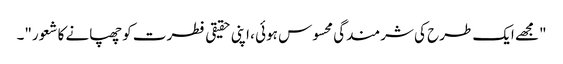
"مجھے ایک طرح کی شرمندگی محسوس ہوئی ، اپنی حقیقی فطرت کو چھپانے کا شعور"۔